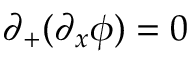
\partial _ { + } ( \partial _ { x } \phi ) = 0